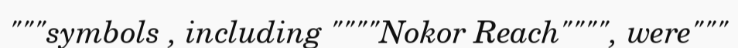
"""symbols , including """"Nokor Reach"""", were"""